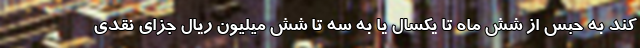
کند به حبس از شش ماه تا یکسال یا به سه تا شش میلیون ریال جزای نقدی